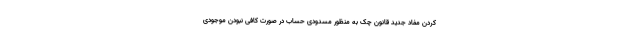
کردن مفاد جدید قانون چک به منظور مسدودی حساب در صورت کافی نبودن موجودی